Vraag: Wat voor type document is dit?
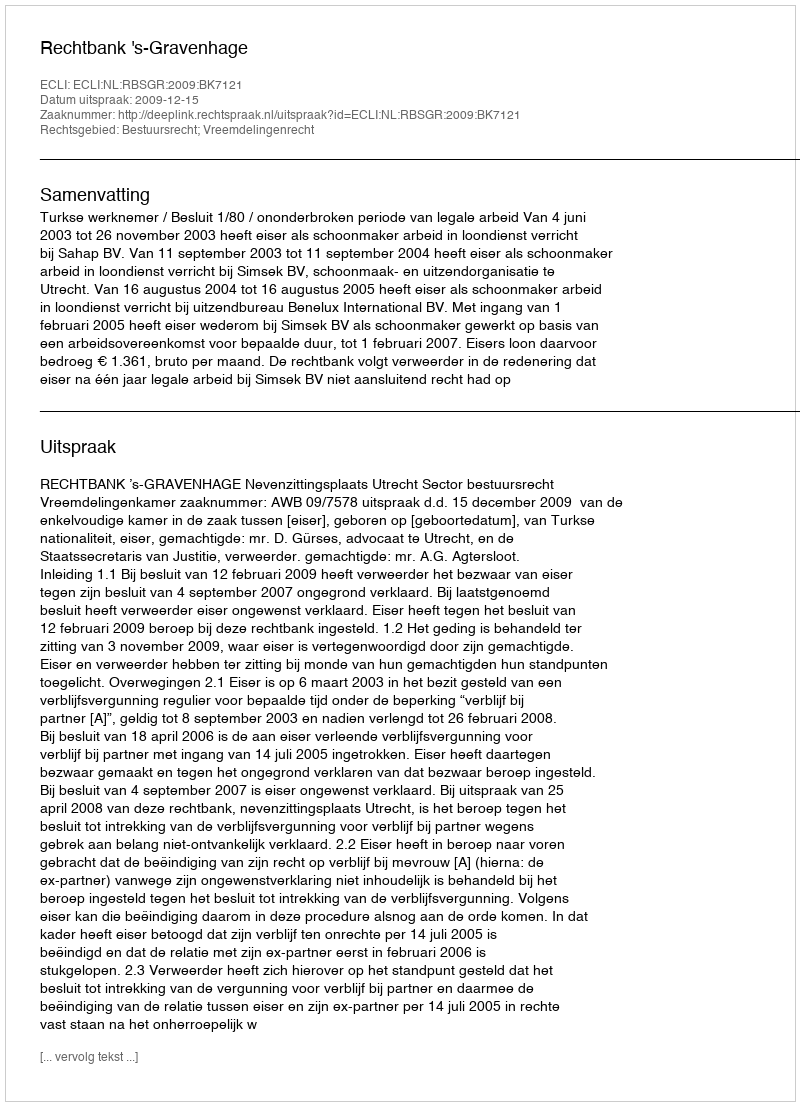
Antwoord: Uitspraak